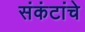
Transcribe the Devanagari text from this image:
संकंटांचे